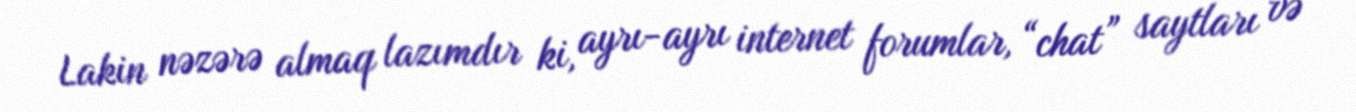
Lakin nəzərə almaq lazımdır ki, ayrı-ayrı internet forumlar, “chat” saytları və